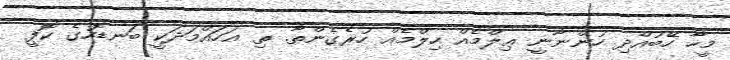
މީހާ ހޭބުއްދި ހުންނާނީ ޢިލްމެއް ހިލްމެއް ހުރެގެންތާ. ތި އަހައްމަދަކީ ބަނޑޮހުގެ ކޮފީ